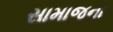
સામાજના